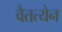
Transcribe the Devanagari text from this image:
वैतत्येन